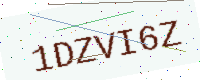
Text: 1DZVI6Z